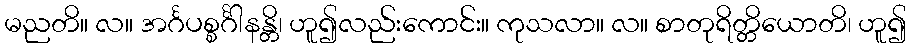
မညတိ။ လ။ အင်္ဂပစ္စင်္ဂါနန္တိ၊ ဟူ၍လည်းကောင်း။ ကုသလာ။ လ။ စာတုရိတ္တိယောတိ၊ ဟူ၍